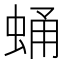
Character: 蛹